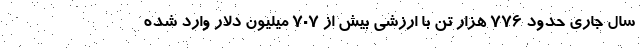
سال جاری حدود ۷۷۶ هزار تن با ارزشی بیش از ۷۰۷ میلیون دلار وارد شده